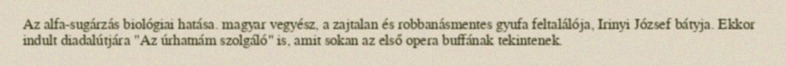
Az alfa-sugárzás biológiai hatása. magyar vegyész, a zajtalan és robbanásmentes gyufa feltalálója, Irinyi József bátyja. Ekkor indult diadalútjára "Az úrhatnám szolgáló" is, amit sokan az első opera buffának tekintenek.